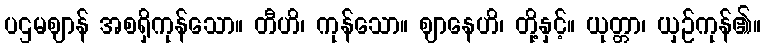
ပဌမဈာန် အစရှိကုန်သော။ တီဟိ၊ ကုန်သော။ ဈာနေဟိ၊ တို့နှင့်။ ယုတ္တာ၊ ယှဉ်ကုန်၏။